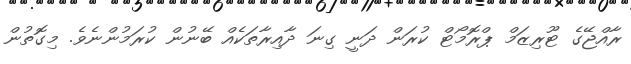
ރާއްޖޭގެ ޓޫރިޒަމް ޕްރޮމޯޓް ކުރަން ދަނީ ގިނަ ދާއިރާތަކެއް ބޭނުން ކުރަމުންނެވެ. މިގޮތުން